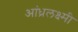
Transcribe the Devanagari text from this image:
आंध्रलक्ष्मी